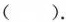
().